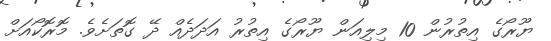
ޔޫރޯގެ އިތުރުން 10 މިލިއަން ޔޫރޯގެ އިތުރު އަދަދެއް ދޭ ގޮތަށެވެ. މޮރޮކޯއަށް